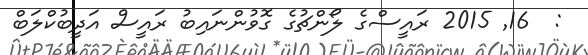
:  16